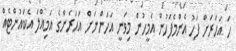
ހަ އަހަރަށް ފަހު އެންމެފަހުން އެމީހުން މިވަނީ އަހަންނަށް އަހަރެންގެ އަމިއްލަ އެކައުންޓެއް